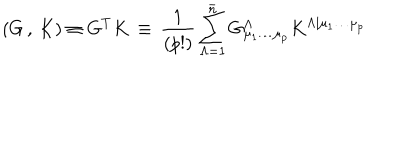
LaTeX: \left( G \, , \, K \right) \equiv G ^ { T } K \, \equiv \, { \frac { 1 } { ( p ! ) } } \sum _ { \Lambda = 1 } ^ { \bar { n } } G _ { \mu _ { 1 } \dots \mu _ { p } } ^ { \Lambda } K ^ { \Lambda \vert \mu _ { 1 } \dots \mu _ { p } }